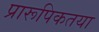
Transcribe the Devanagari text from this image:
प्रारूपिकतया